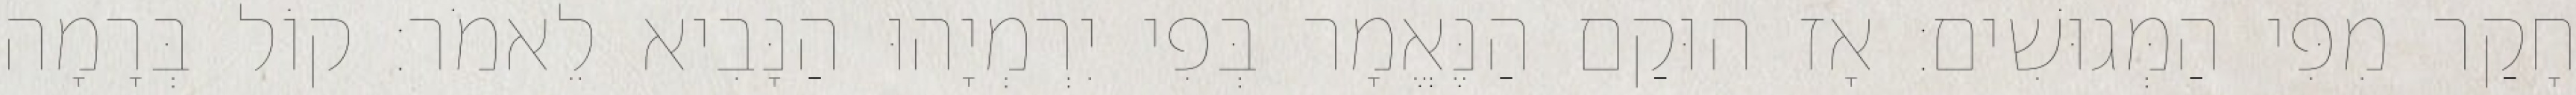
חָקַר מִפִּי הַמְּגוּשִׁים׃ אָז הוּקַם הַנֶּאֱמָר בְּפִי יִרְמְיָהוּ הַנָּבִיא לֵאמֹר׃ קוֹל בְּרָמָה